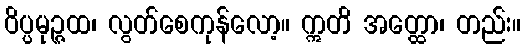
ဝိပ္ပမုဉ္ဇထ၊ လွတ်စေကုန်လော့။ ဣတိ အတ္ထော၊ တည်း။